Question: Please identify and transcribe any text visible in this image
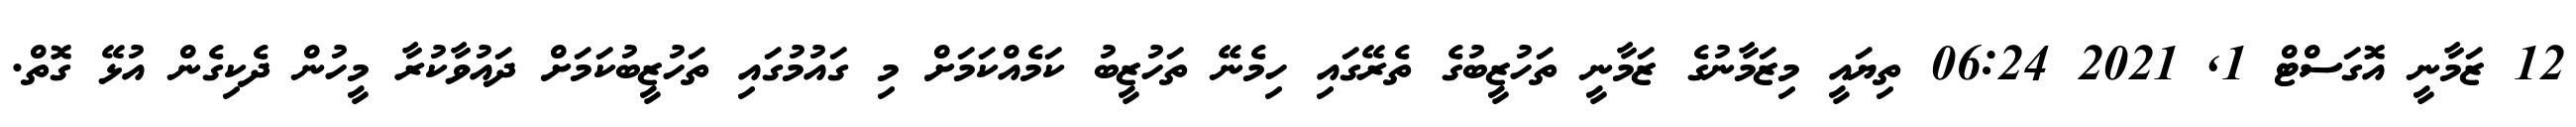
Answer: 12 ޒަމާނީ އޮގަސްޓް 1, 2021 06:24 ތިޔައީ މިޒަމާނުގެ ޒަމާނީ ތަހުޒީބުގެ ތެރޭގައި ހިމެނޭ ތަހުޒީބު ކަމެއްކަމަށް މި ގައުމުގައި ތަހުޒީބުކަމަށް ދައުވާކުރާ މީހުން ދެކިގެން އުޅޭ ގޮތް.